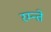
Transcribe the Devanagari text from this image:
रम्न्ते